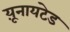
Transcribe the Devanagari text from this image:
य़ूनायटेड